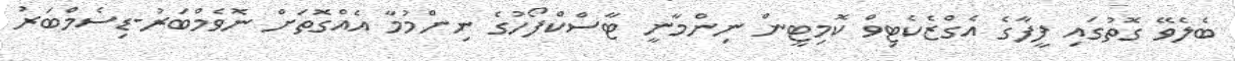
ބެލެވޭ ގޮތުގައި ފީފާގެ އެގްޒެކެޓިވް ކޮމިޓީން ނިންމާނީ ޓާސްކްފޯހުގެ ނިންމުމާ އެއްގޮތަށް ނޮވެމްބަރު-ޑިސެމްބަރު